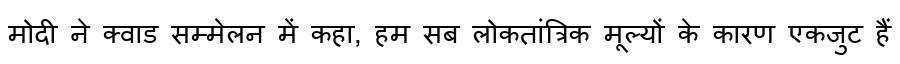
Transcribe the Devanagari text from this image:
मोदी ने क्वाड सम्मेलन में कहा, हम सब लोकतांत्रिक मूल्यों के कारण एकजुट हैं